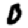
Digit: 0